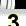
Digit: 3